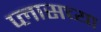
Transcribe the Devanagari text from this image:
प्लासच्या